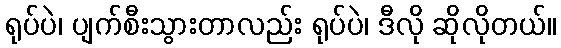
ရုပ်ပဲ၊ ပျက်စီးသွားတာလည်း ရုပ်ပဲ၊ ဒီလို ဆိုလိုတယ်။